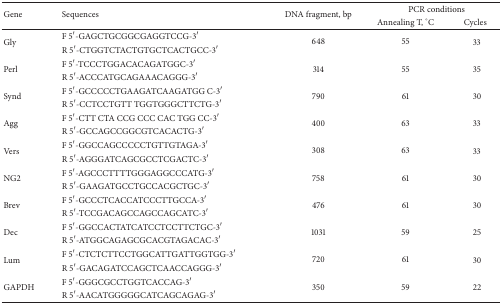
| Gene | Sequences | <ROWSPAN=2> DNA fragment, bp | <COLSPAN=2> PCR conditions |
 |  |  | Annealing T, °C | Cycles |
 | --- | --- | --- | --- | --- |
 | <ROWSPAN=2> Gly | F 5′-GAGCTGCGGCGAGGTCCG-3′ | 648 | 55 | <ROWSPAN=2> 33 |
 | R 5′-CTGGTCTACTGTGCTCACTGCC-3′ |  |  |
 | <ROWSPAN=2> Perl | F 5′-TCCCTGGACACAGATGGC-3′ | 314 | 55 | <ROWSPAN=2> 35 |
 | R 5′-ACCCATGCAGAAACAGGG-3′ |  |  |
 | <ROWSPAN=2> Synd | F 5′-GCCCCCTGAAGATCAAGATGG C-3′ | 790 | 61 | <ROWSPAN=2> 30 |
 | R 5′-CCTCCTGTT TGGTGGGCTTCTG-3′ |  |  |
 | <ROWSPAN=2> Agg | F 5′-CTT CTA CCG CCC CAC TGG CC-3′ | 400 | 63 | <ROWSPAN=2> 33 |
 | R 5′-GCCAGCCGGCGTCACACTG-3′ |  |  |
 | <ROWSPAN=2> Vers | F 5′-GGCCAGCCCCCTGTTGTAGA-3′ | 308 | 63 | <ROWSPAN=2> 33 |
 | R 5′-AGGGATCAGCGCCTCGACTC-3′ |  |  |
 | <ROWSPAN=2> NG2 | F 5′-AGCCCTTTTGGGAGGCCCATG-3′ | 758 | 61 | <ROWSPAN=2> 30 |
 | R 5′-GAAGATGCCTGCCACGCTGC-3′ |  |  |
 | <ROWSPAN=2> Brev | F 5′-GCCCTCACCATCCCTTGCCA-3′ | 476 | 61 | <ROWSPAN=2> 30 |
 | R 5′-TCCGACAGCCAGCCAGCATC-3′ |  |  |
 | <ROWSPAN=2> Dec | F 5′-GGCCACTATCATCCTCCTTCTGC-3′ | 1031 | 59 | <ROWSPAN=2> 25 |
 | R 5′-ATGGCAGAGCGCACGTAGACAC-3′ |  |  |
 | <ROWSPAN=2> Lum | F 5′-CTCTCTTCCTGGCATTGATTGGTGG-3′ | 720 | 61 | <ROWSPAN=2> 30 |
 | R 5′-GACAGATCCAGCTCAACCAGGG-3′ |  |  |
 | <ROWSPAN=2> GAPDH | F 5′-GGGCGCCTGGTCACCAG-3′ | 350 | 59 | <ROWSPAN=2> 22 |
 | R 5′-AACATGGGGGCATCAGCAGAG-3′ |  |  |